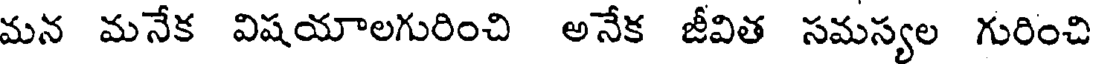
మన మనేక విషయాలగురించి అనేక జీవిత సమస్యల గురించి